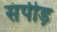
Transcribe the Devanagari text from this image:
संपीड़